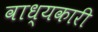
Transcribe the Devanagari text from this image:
वाध्यकारी